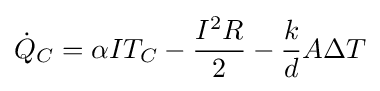
{\dot {Q}}_{C}=\alpha IT_{C}-{\frac {I^{2}R}{2}}-{\frac {k}{d}}A\Delta T